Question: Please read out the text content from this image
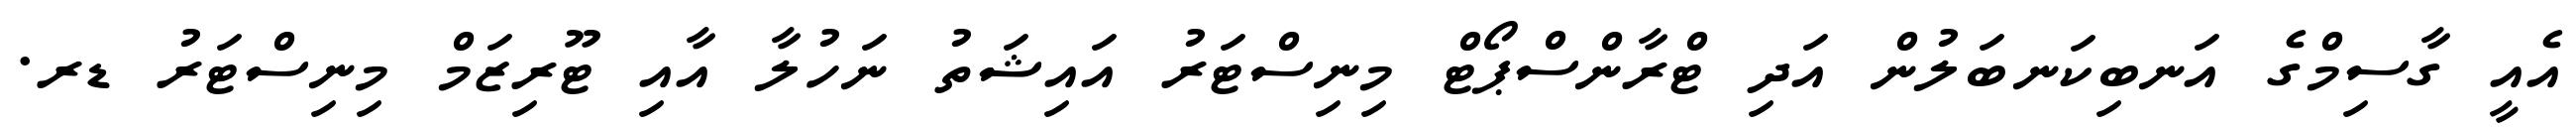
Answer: އެއީ ގާސިމްގެ އަނބިކަނބަލުން އަދި ޓްރާންސްޕޯޓް މިނިސްޓަރު އައިޝަތު ނަހުލާ އާއި ޓޫރިޒަމް މިނިސްޓަރު ޑރ.